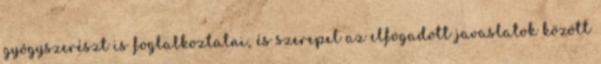
gyógyszerészt is foglalkoztatni, és szerepel az elfogadott javaslatok között